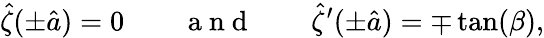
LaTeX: \hat{\zeta}(\pm\hat{a})=0\qquad\mathrm{~a~n~d~}\qquad\hat{\zeta}^{\prime}(\pm\hat{a})=\mp\tan(\beta),